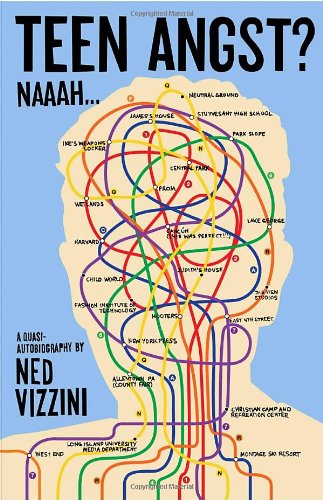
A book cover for Teen Angst? Naaah . . .; Ned Vizzini; Teen & Young Adult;